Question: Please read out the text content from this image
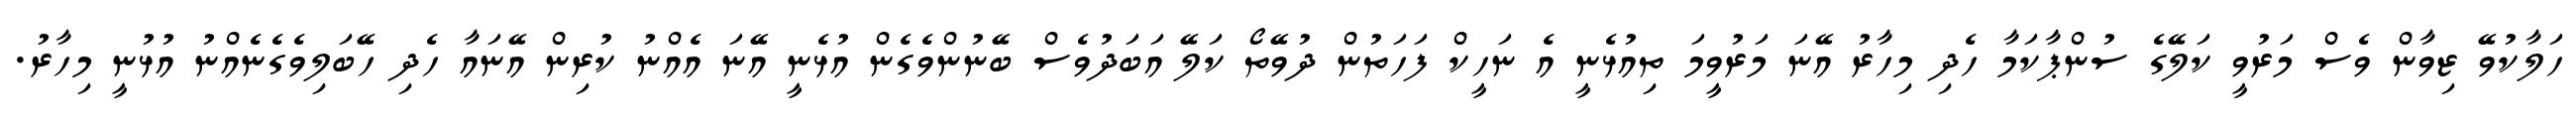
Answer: ހަލާކުވޭ ޒިވާން ވެސް މަރުވީ ކަލޭގެ ސުންޕާކަމާ ހެދި މިހާރު އޭނަ މަރުވީމަ ތިއުޅެނީ އެ ނަހީކް ފަހަތުން ދުވޭތޯ ކަލޭ އަބަދުވެސް ބޭނުންވެގެން އުޅެނީ އޭނަ އެއްނު ކުރިން އޭނައާ ހެދި ހޭބަލިވެގެނެއްނު އުޅުނީ މިހާރު.